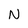
Character: N